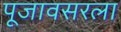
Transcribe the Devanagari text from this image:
पूजावसरला